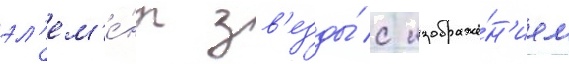
эл'ем'е́нт зв'езды́ с изображе́н'ием